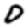
Digit: 0